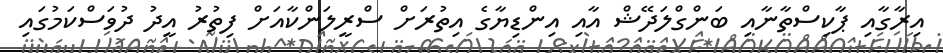
އިރާގާއި ޕާކިސްތާނާއި ބަންގްލަދޭޭޝް އާއި އިންޑިޔާގެ އިތުރަށް ސްރީލަންކާއަށް ފިތުރު އީދު ދުވަސްކަމުގައި